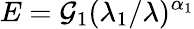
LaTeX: E=\mathcal{G}_{1}(\lambda_{1}/\lambda)^{\alpha_{1}}